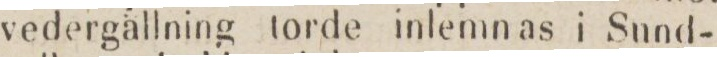
vedergällning torde inlemn as i Sund-